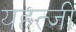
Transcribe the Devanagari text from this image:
यहत्जी